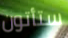
ستأتون